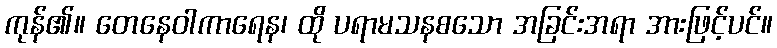
ကုန်၏။ တေနေဝါကာရေန၊ ထို ပရာမသနစသော အခြင်းအရာ အားဖြင့်ပင်။